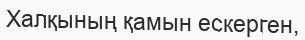
Халқының қамын ескерген,